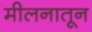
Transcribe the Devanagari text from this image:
मीलनातून